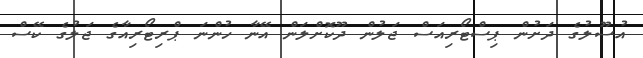
އުސޫލުގެ ދަށުން ޕިސްޓޯރިއަސް ޖަލުން ދޫކޮށްލަން އޭނާ ހުންނަ ޕްރިޓޯރިއާގެ ޖަލުގެ ކޭސް